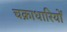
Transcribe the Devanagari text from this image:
चक्राधारियों